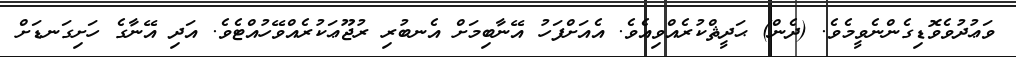
ވަޢުދުވެވޮޑިގެންނެވީމެވެ. (ދެން) ޙަދީޘްކުރެއްވިއެވެ. އެއަށްފަހު އޭނާބިމަށް އެނބުރި ރުޖޫޢަކުރެއްވޭހުއްޓެވެ. އަދި އޭނާގެ ހަށިގަނޑަށް